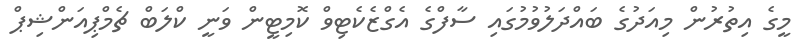
މީގެ އިތުރުން މިއަދުގެ ބައްދަލުވުމުގައި ސާފްގެ އެގްޒެކެޓިވް ކޮމިޓީން ވަނީ ކްލަބް ޗެމްޕިއަންޝިޕް